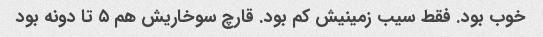
خوب بود. فقط سیب زمینیش کم بود. قارچ سوخاریش هم ۵ تا دونه بود